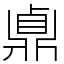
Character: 鼑